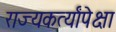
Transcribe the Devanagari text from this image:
राज्यकर्त्यांपेक्षा